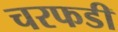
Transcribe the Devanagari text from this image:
चरफडी